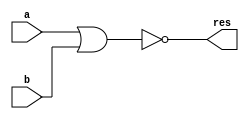
module nor1(res, a, b);
	input a, b;
	output res;
	wire a_or_b;
	
	or(a_or_b, a, b);
	not(res, a_or_b);

endmodule